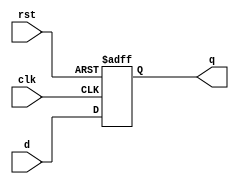
module synchronous_register (
    input wire clk,       // Clock signal
    input wire rst,       // Asynchronous reset signal
    input wire [N-1:0] d, // Data input (where N is the width of the register)
    output reg [N-1:0] q  // Data output
);

parameter N = 8; // Define the width of the register, can be adjusted as needed

// Always block triggered on the rising edge of the clock or the reset
always @(posedge clk or posedge rst) begin
    if (rst) begin
        // If reset is asserted, clear the register
        q <= {N{1'b0}}; // Clear all bits to 0
    end else begin
        // Otherwise, update the register with the input data
        q <= d;
    end
end

endmodule